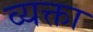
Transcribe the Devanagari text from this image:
व्यक्ता